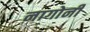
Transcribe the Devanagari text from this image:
नागोर्नी